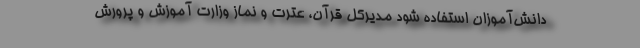
دانش‌آموزان استفاده شود مدیرکل قرآن، عترت و نماز وزارت آموزش و پرورش